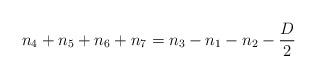
LaTeX: \begin{align*}n_4+n_5+n_6+n_7 = n_3-n_1-n_2-\frac{D}{2}\end{align*}